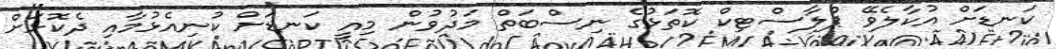
ކަނޑަށް އުކާލެވޭ ޕްލާސްޓިކް ކޮތަޅުގެ ނިސްބަތް މަދުވުން މިއީ ކަނޑަށް ކުނިއެޅުމާއި ދެކޮޅަށް